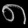
Digit: ၈